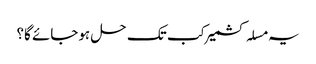
یہ مسلہ کشمیر کب تک حل ہوجائے گا؟